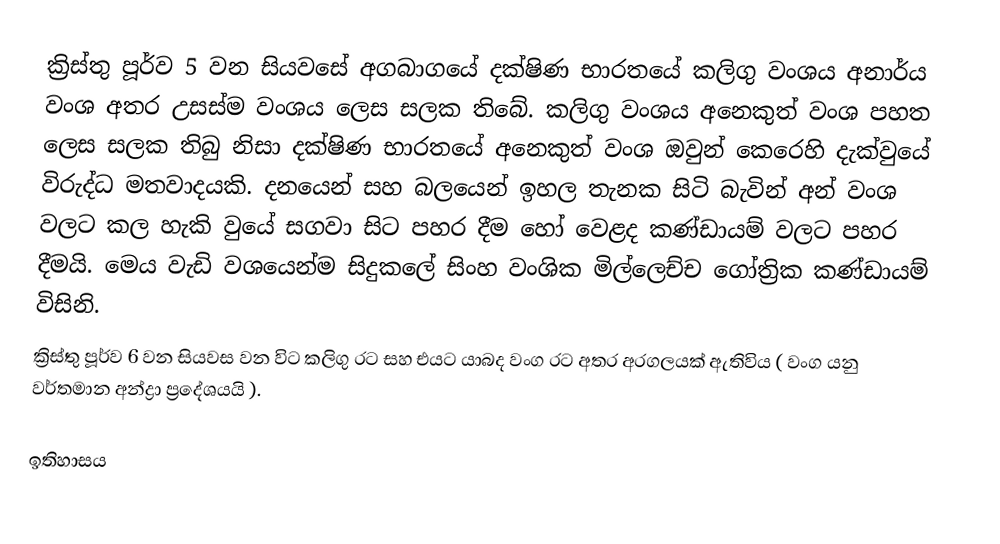
ක්‍රිස්තු පූර්ව 5 වන සියවසේ අගබාගයේ දක්ෂිණ භාරතයේ කලිගු වංශය අනාර්ය වංශ අතර උසස්ම වංශය ලෙස සලක තිබේ.  කලිගු වංශය අනෙකුත් වංශ පහත ලෙස සලක තිබු නිසා දක්ෂිණ භාරතයේ අනෙකුත් වංශ  ඔවුන් කෙරෙහි දැක්වුයේ විරුද්ධ මතවාදයකි. දනයෙන් සහ බලයෙන් ඉහල තැනක සිටි බැවින් අන් වංශ වලට කල හැකි වුයේ සගවා සිට පහර දීම හෝ වෙළද කණ්ඩායම් වලට පහර දීමයි. මෙය වැඩි වශයෙන්ම සිදුකලේ සිංහ වංශික මිල්ලෙච්ච ගෝත්‍රික කණ්ඩායම් විසිනි.
ක්‍රිස්තු පූර්ව 6 වන සියවස වන විට කලිගු රට සහ එයට යාබද වංග රට අතර අරගලයක් ඇතිවිය ( වංග යනු වර්තමාන අන්ද්‍රා ප්‍රදේශයයි ).

ඉතිහාසය